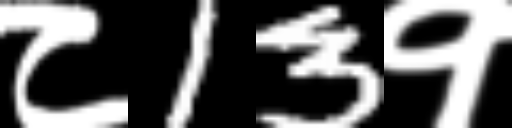
Text: ८13१